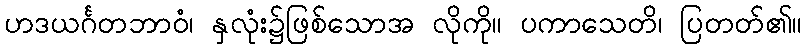
ဟဒယင်္ဂတဘာဝံ၊ နှလုံး၌ဖြစ်သောအ လိုကို။ ပကာသေတိ၊ ပြတတ်၏။